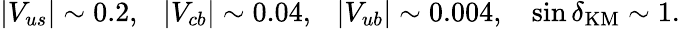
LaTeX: |V_{us}|\sim 0.2,\ \ \ |V_{cb}|\sim 0.04,\ \ \ |V_{ub}|\sim 0.004,\ \ \ \sin\delta_{\mathrm{KM}}\sim 1.